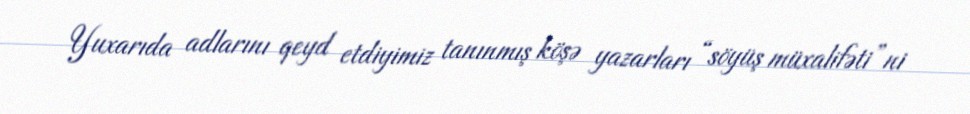
Yuxarıda adlarını qeyd etdiyimiz tanınmış köşə yazarları “söyüş müxalifəti”ni